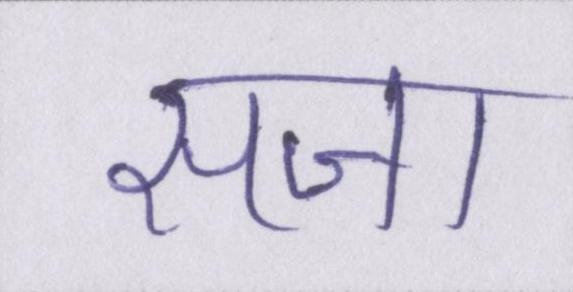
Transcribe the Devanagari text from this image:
सजा